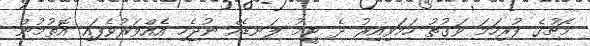
މެޗުގެ ފުރިހަަމަ ވަގުތު ހަމަވިއިރު ދެ ޓީމު ލަނޑެއް ނުޖެހި އެއްވަރުވެފައި އޮތުމުން